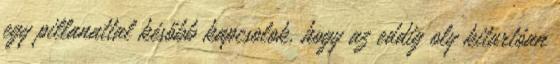
egy pillanattal később kapcsolok, hogy az eddig oly kitartóan